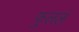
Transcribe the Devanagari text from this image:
फुललं